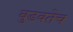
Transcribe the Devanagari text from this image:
बुडवतेच